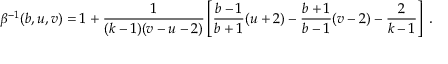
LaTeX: \beta ^ { - 1 } ( b , u , v ) = 1 + \frac { 1 } { ( k - 1 ) ( v - u - 2 ) } \left[ \frac { b - 1 } { b + 1 } ( u + 2 ) - \frac { b + 1 } { b - 1 } ( v - 2 ) - \frac { 2 } { k - 1 } \right] \; .